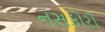
નસકોરી